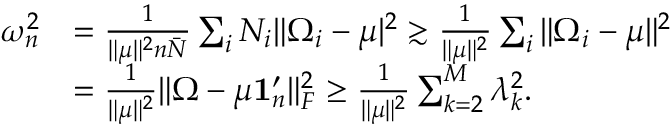
\begin{array} { r l } { \omega _ { n } ^ { 2 } } & { = \frac { 1 } { \| \mu \| ^ { 2 } n \bar { N } } \sum _ { i } N _ { i } \| \Omega _ { i } - \mu | ^ { 2 } \gtrsim \frac { 1 } { \| \mu \| ^ { 2 } } \sum _ { i } \| \Omega _ { i } - \mu \| ^ { 2 } } \\ & { = \frac { 1 } { \| \mu \| ^ { 2 } } \| \Omega - \mu { \bf 1 } _ { n } ^ { \prime } \| _ { F } ^ { 2 } \geq \frac { 1 } { \| \mu \| ^ { 2 } } \sum _ { k = 2 } ^ { M } \lambda _ { k } ^ { 2 } . } \end{array}